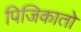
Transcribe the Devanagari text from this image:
पिजिकातो